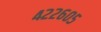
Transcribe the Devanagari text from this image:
४२२६०५